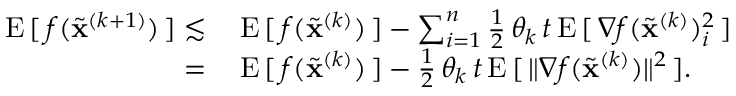
\begin{array} { r l } { \mathrm { E } \, [ \, f ( \widetilde \mathbf { x } ^ { ( k + 1 ) } ) \, ] \lesssim \, } & { \mathrm { E } \, [ \, f ( \widetilde \mathbf { x } ^ { ( k ) } ) \, ] - \sum _ { i = 1 } ^ { n } \frac { 1 } { 2 } \, \theta _ { k } \, t \, \mathrm { E } \, [ \, \nabla f ( \widetilde \mathbf { x } ^ { ( k ) } ) _ { i } ^ { 2 } \, ] } \\ { = \, } & { \mathrm { E } \, [ \, f ( \widetilde \mathbf { x } ^ { ( k ) } ) \, ] - \frac { 1 } { 2 } \, \theta _ { k } \, t \, \mathrm { E } \, [ \, \Vert \nabla f ( \widetilde \mathbf { x } ^ { ( k ) } ) \Vert ^ { 2 } \, ] . } \end{array}